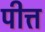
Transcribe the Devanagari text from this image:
पीत्त